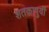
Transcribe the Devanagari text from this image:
शतकापुर्वी